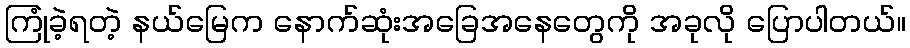
ကြုံခဲ့ရတဲ့ နယ်မြေက နောက်ဆုံးအခြေအနေတွေကို အခုလို ပြောပါတယ်။